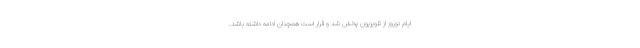
ایام نوروز از تلویزیون پخش شد و قرار است همچنان ادامه داشته باشد.